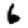
Digit: 6